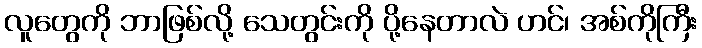
လူတွေကို ဘာဖြစ်လို့ သေတွင်းကို ပို့နေတာလဲ ဟင်၊ အစ်ကိုကြီး